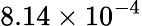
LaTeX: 8.14\times 10^{-4}